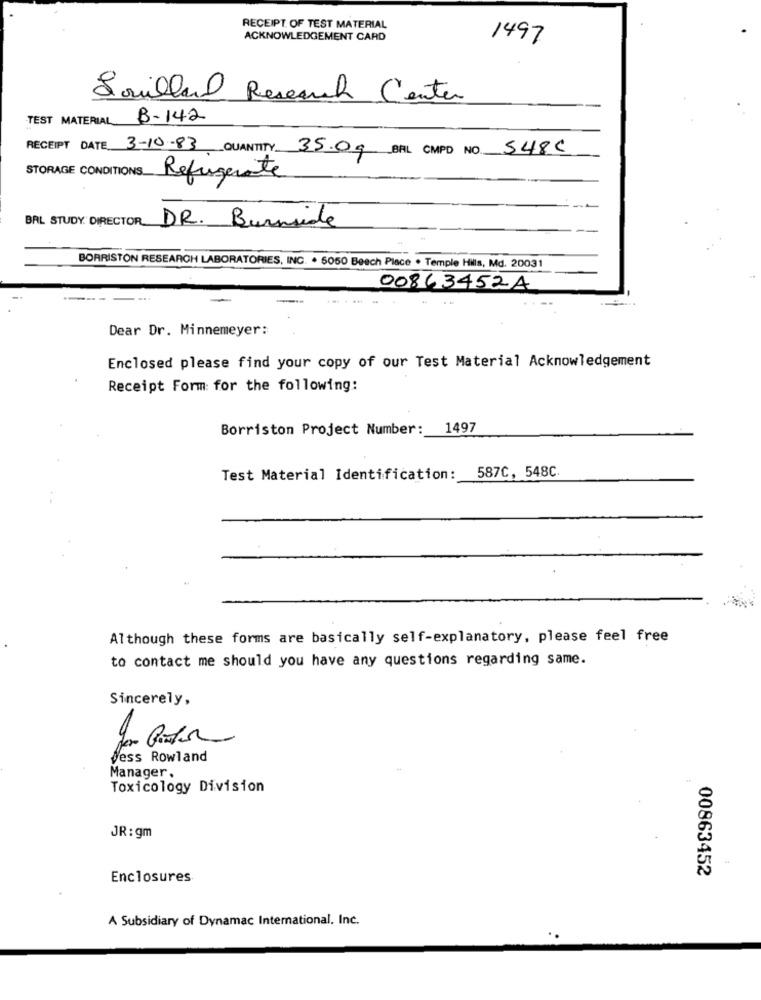
RECEIPT. OF TEST MATERIAL
ACKNOWLEDGEMENT CARD
1497
Souillard Research Center
TEST MATERIAL
B-142
RECEIPT DATE 3-10-83 QUANTITY 35.09 BAL CMPD NO. 548C
STORAGE CONDITIONS Refugerate
BAL STUDY: DIRECTOR_
DR. Burnside
BORRISTON RESEARCH LABORATORIES, INC. . 5050 Beach Place . Temple Hills, Md. 20031
00843452A
....
Dear Dr. Minnemeyer:
Enclosed please find your copy of our Test Material Acknowledgement
Receipt Form for the following:
Borriston Project Number:
1497
Test Material Identification: 587C, 548C.
Although these forms are basically self-explanatory, please feel free
to contact me should you have any questions regarding same.
Sincerely,
jess Rowland
Manager.
Toxicology Division
JR: gm
00863452
Enclosures
A Subsidiary of Dynamac International, Inc.